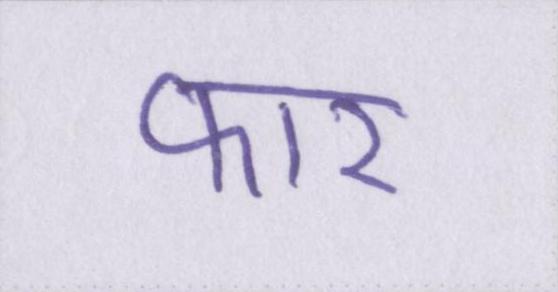
फार